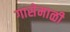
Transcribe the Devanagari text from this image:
गासेमाळी